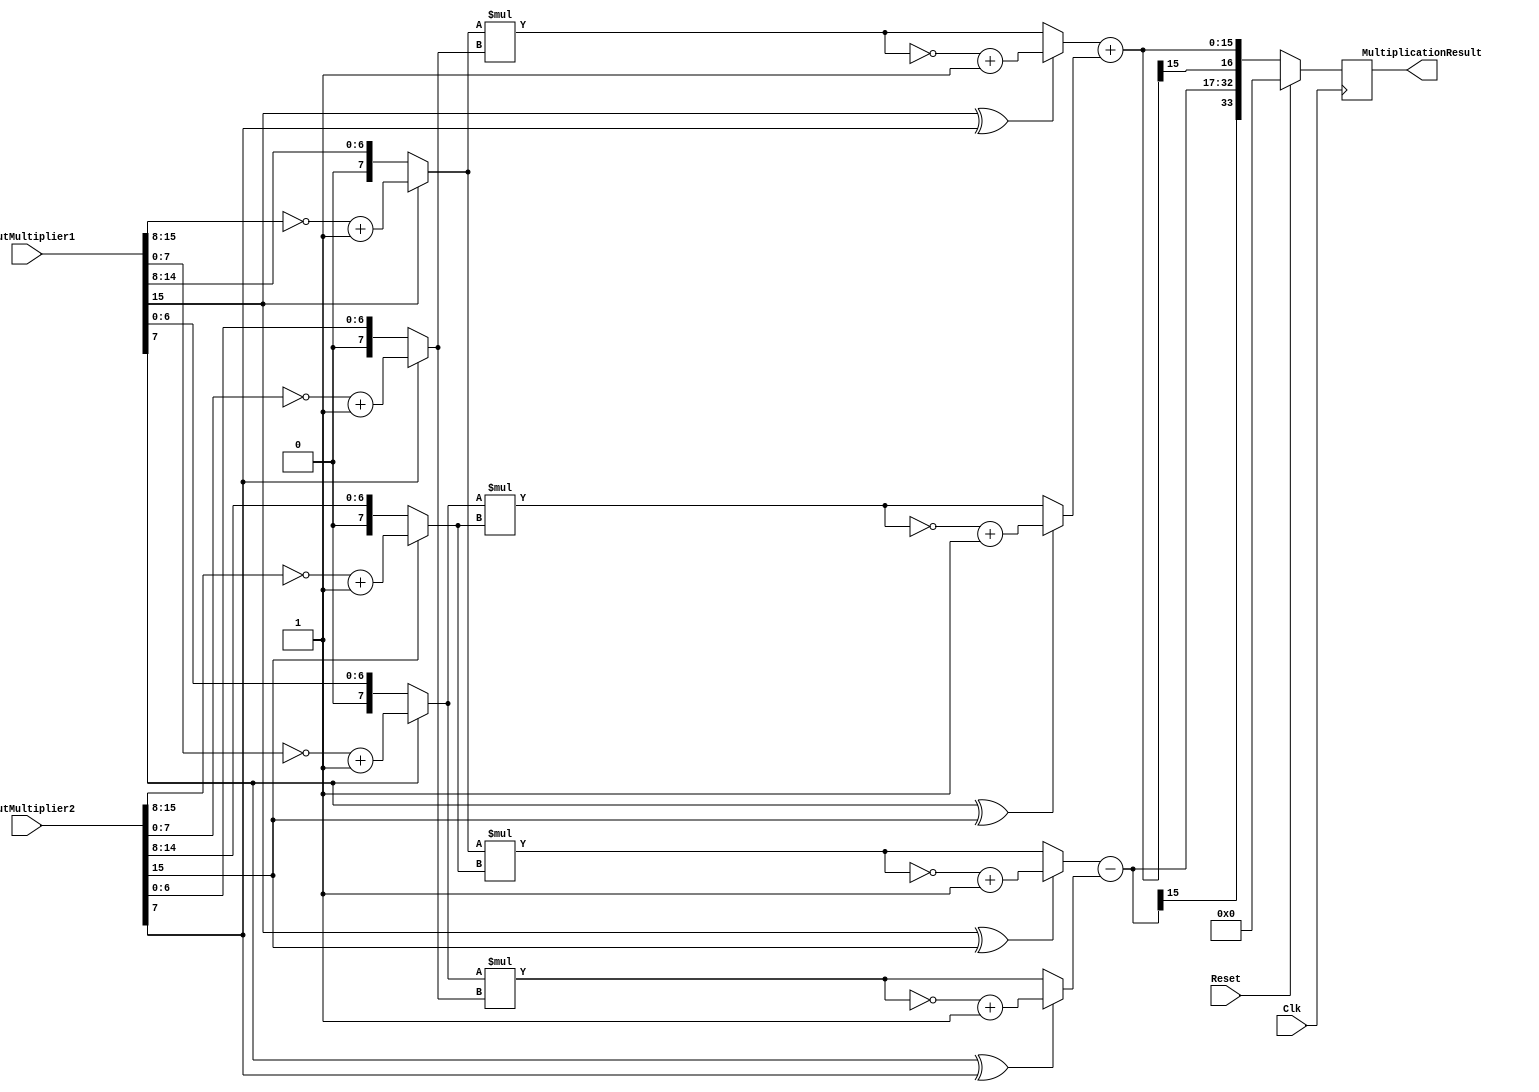
`timescale 1ns / 1ps
module ComplexMultiplier1(
    input Clk,
    input Reset,
    input [15:0] InputMultiplier1,
    input [15:0] InputMultiplier2,
    output reg [33:0] MultiplicationResult
    );
	wire [15:0] ac;
	wire [15:0] bd;
	wire [15:0] ad;
	wire [15:0] bc;
	wire [15:0] ac2;
	wire [15:0] bd2;
	wire [15:0] ad2;
	wire [15:0] bc2;
		
	wire [15:0] ImagPart;
	wire [15:0] RealPart;
	wire [7:0]a;
	wire [7:0]b;
	wire [7:0]c;
	wire [7:0]d;
	
	assign a = InputMultiplier1[15] ? ~InputMultiplier1[15:8] + 1 : InputMultiplier1[15:8];
	assign b = InputMultiplier1[7] ? ~InputMultiplier1[7:0] + 1 : InputMultiplier1[7:0];
	assign c = InputMultiplier2[15] ? ~InputMultiplier2[15:8] + 1 : InputMultiplier2[15:8];
	assign d = InputMultiplier2[7] ? ~InputMultiplier2[7:0] + 1 : InputMultiplier2[7:0];
	
	assign ac = a * c;
	assign bd = b * d;
	assign ad = a * d;
	assign bc = b * c;
	
	assign ac2 = InputMultiplier1[15] ^ InputMultiplier2[15] ? ~ac + 1 : ac;
	assign bd2 = InputMultiplier1[7] ^ InputMultiplier2[7] ? ~bd + 1 : bd;
	assign ad2 = InputMultiplier1[15] ^ InputMultiplier2[7] ? ~ad + 1 : ad;
	assign bc2 = InputMultiplier1[7] ^ InputMultiplier2[15] ? ~bc + 1 : bc;
	
	assign ImagPart = ad2 + bc2;
	assign RealPart = ac2 - bd2;
	always @(posedge Clk)
	begin
		if(Reset)
		begin
			MultiplicationResult <= 34'b0;
		end
		else
		begin
			MultiplicationResult <= {RealPart[15],RealPart,ImagPart[15],ImagPart};
		end
	end
endmodule